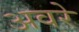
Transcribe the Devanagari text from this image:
अवरे